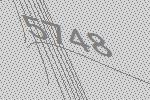
5748